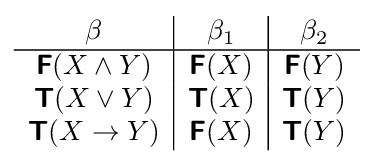
{\begin{array}{c|c|c}\beta &\beta _{1}&\beta _{2}\\\hline {\boldsymbol {\mathsf {F}}}(X\land Y)&{\boldsymbol {\mathsf {F}}}(X)&{\boldsymbol {\mathsf {F}}}(Y)\\{\boldsymbol {\mathsf {T}}}(X\lor Y)&{\boldsymbol {\mathsf {T}}}(X)&{\boldsymbol {\mathsf {T}}}(Y)\\{\boldsymbol {\mathsf {T}}}(X\to Y)&{\boldsymbol {\mathsf {F}}}(X)&{\boldsymbol {\mathsf {T}}}(Y)\\\end{array}}